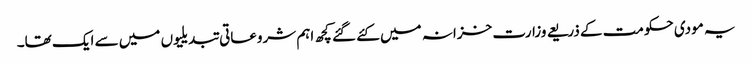
یہ مودی حکومت کے ذریعے وزارت خزانہ میں کئے گئے کچھ اہم شروعاتی تبدیلیوں میں سے ایک تھا۔